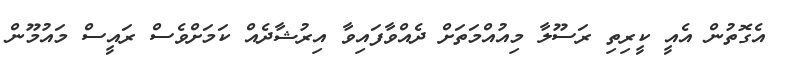
އެގޮތުން އެއީ ކީރިތި ރަސޫލާ މިއުއްމަތަށް ދެއްވާފައިވާ އިރުޝާދެއް ކަމަށްވެސް ރައީސް މައުމޫން